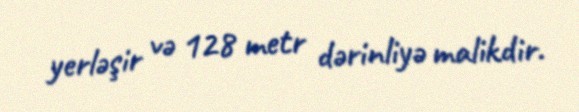
yerləşir və 128 metr dərinliyə malikdir.